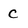
Character: c